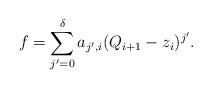
LaTeX: \begin{align*}f=\sum\limits_{j'=0}^{\delta}a_{j',i}(Q_{i+1}-z_i)^{j'}.\end{align*}